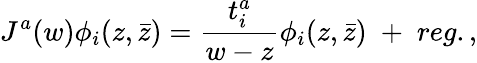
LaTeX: J^{a}(w)\phi_{i}(z,\bar{z})={\frac{t_{i}^{a}}{w-z}}\phi_{i}(z,\bar{z})\; +\; reg.,